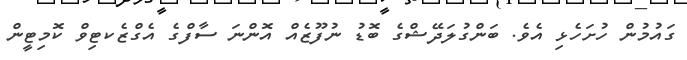
ގައުމުން ހުށަހެޅި އެވެ. ބަންގުލަދޭޝްގެ ބޮޑު ނުފޫޒެއް އޮންނަ ސާފްގެ އެގްޒެކޓިވް ކޮމިޓީން